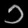
Digit: ၁